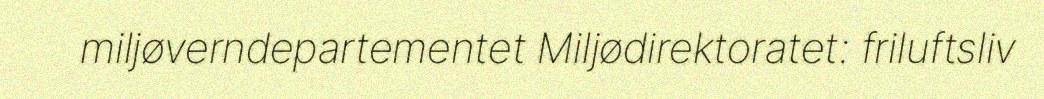
miljøverndepartementet Miljødirektoratet: friluftsliv